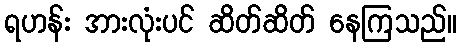
ရဟန်း အားလုံးပင် ဆိတ်ဆိတ် နေကြသည်။